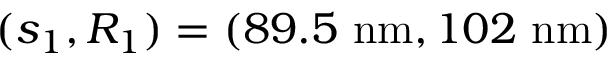
( s _ { 1 } , R _ { 1 } ) = ( 8 9 . 5 \ \mathrm { n m } , 1 0 2 \ \mathrm { n m } )